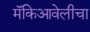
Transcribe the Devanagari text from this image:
मॅकिआवेलीचा